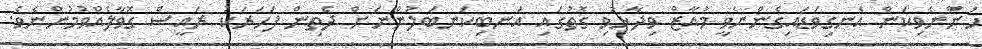
ހުންނެވިކަން އެނގިވަޑައިގެންނެވީ މުއާޒް ވިދާޅުވި ގޮތުގައި އަނބިކަނބަލުންނަށް ދެތިން ފަހަރަކު ރައީސް ގޮވާލެއްވުމުންނެވެ.